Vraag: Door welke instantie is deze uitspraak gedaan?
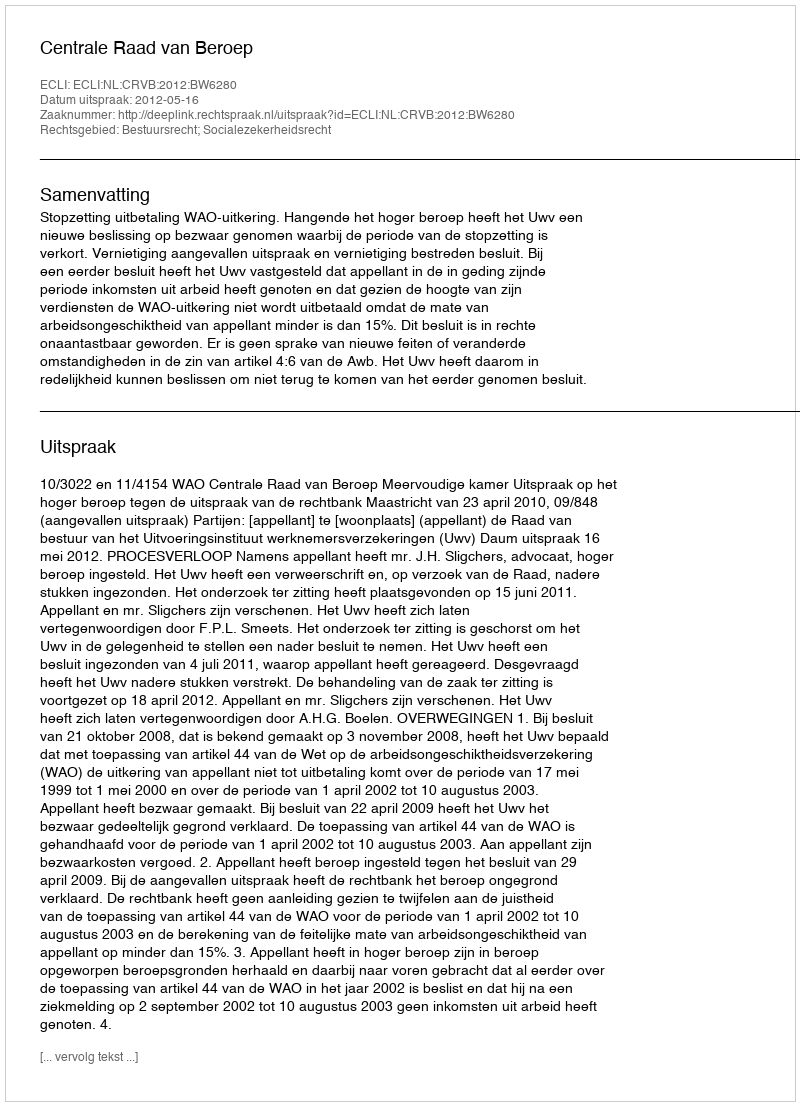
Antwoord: Centrale Raad van Beroep